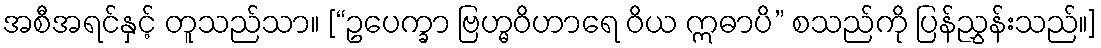
အစီအရင်နှင့် တူသည်သာ။ [“ဥပေက္ခာ ဗြဟ္မဝိဟာရေ ဝိယ ဣဓာပိ” စသည်ကို ပြန်ညွှန်းသည်။]